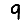
Digit: 9